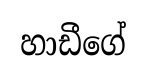
හාඩීගේ